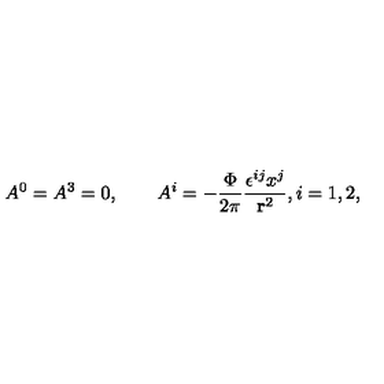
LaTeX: A ^ { 0 } = A ^ { 3 } = 0 , \qquad A ^ { i } = - \frac { \Phi } { 2 \pi } \frac { \epsilon ^ { i j } x ^ { j } } { { \bf r } ^ { 2 } } , i = 1 , 2 ,